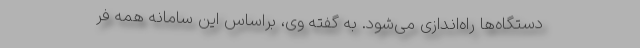
دستگاه‌ها راه‌اندازی می‌شود. به گفته وی، براساس این سامانه همه فر